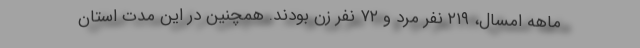
ماهه امسال، ۲۱۹ نفر مرد و ۷۲ نفر زن بودند. همچنین در این مدت استان